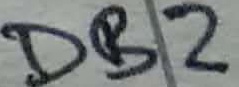
Text: DB2